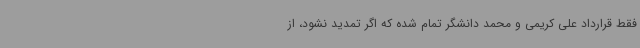
فقط قرارداد علی کریمی و محمد دانشگر تمام شده که اگر تمدید نشود، از